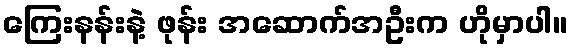
ကြေးနန်းနဲ့ ဖုန်း အဆောက်အဦးက ဟိုမှာပါ။